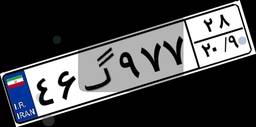
۴۶گ۹۷۷۲۸